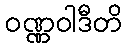
ဝဏ္ဏဝါဒီတိ